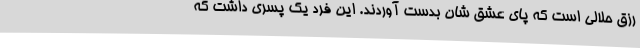
رزق حلالی است که پای عشق شان بدست آوردند. این فرد یک پسری داشت که